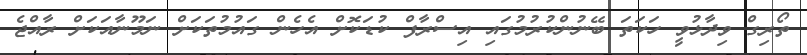
ތޯރިގް ވިދާޅުވީ ހަކަތަ ބޭނުންކުރުމުގައި އިސްރާފް ކުޑަކޮށް އެހެން ގައުމުތަކަށް ނަމޫނާއަކަށް ރާއްޖެ